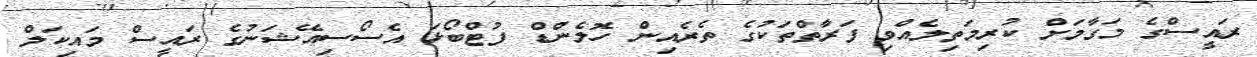
ރައީސްގެ މަގާމަށް ކުރިމަތިލެއްވި ފަރާތްތަކުގެ ތެެރެއިން ހޮލެންޑް ފުޓްބޯޅަ އެސޯސިއޭޝަނުގެ ރައީސް މައިކަލް